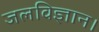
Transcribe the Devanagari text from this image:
जलविज्ञान।